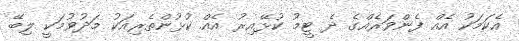
އެކަމަކު އެއް ފެންވަރެއްގެ ދެ ޓީމު ކުޅޭއިރު އެއް ކުޅުންތެރިއަކު މަދުވުމަކީ ލިބޭ